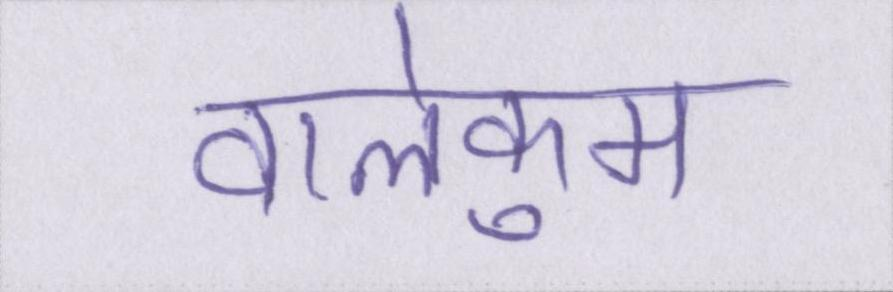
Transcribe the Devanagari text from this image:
वालेकुम